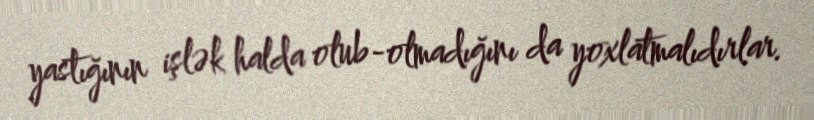
yastığının işlək halda olub-olmadığını da yoxlatmalıdırlar.